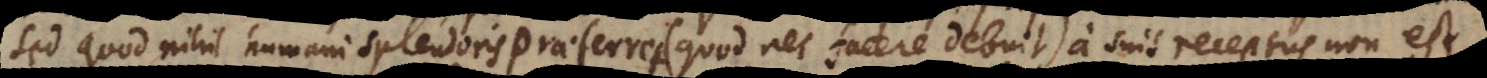
sed quod nihil humani splendoris praeferret (quod nec facere debuit) a suis receptus non est,